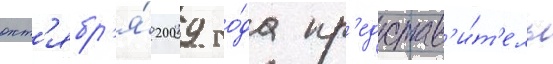
окт'ябр'я́ 2009 го́да пр'едстав'и́т'ель